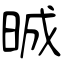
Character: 晠